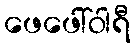
ဖေဖေါ်ဝါရီ